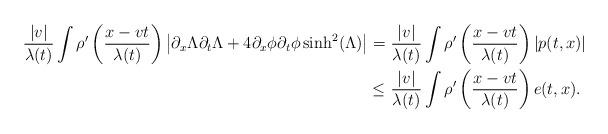
LaTeX: \begin{align*}\begin{aligned}\frac{|v|}{\lambda(t)}\int\rho'\left(\frac{x-vt}{\lambda(t)}\right) \left| \partial_x \Lambda\partial_t \Lambda+4\partial_x \phi \partial_t \phi\sinh^2(\Lambda) \right| = &~{} \frac{|v|}{\lambda(t)}\int\rho'\left(\frac{x-vt}{\lambda(t)}\right) |p(t,x)|\\\leq &~{} \frac{|v|}{\lambda(t)}\int\rho'\left(\frac{x-vt}{\lambda(t)}\right) e(t,x).\end{aligned}\end{align*}